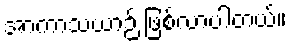
အာကာသယာဉ် ဖြစ်လာပါတယ်။